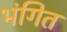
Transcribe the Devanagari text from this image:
भंगित